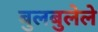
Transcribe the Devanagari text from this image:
बुलबुलेले